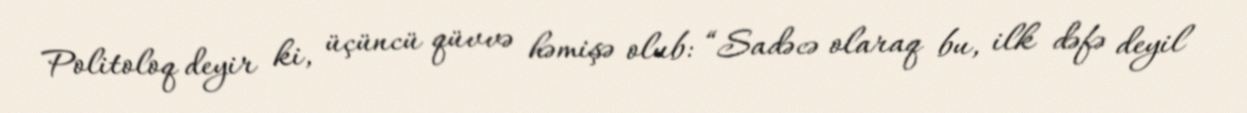
Politoloq deyir ki, üçüncü qüvvə həmişə olub: “Sadəcə olaraq bu, ilk dəfə deyil